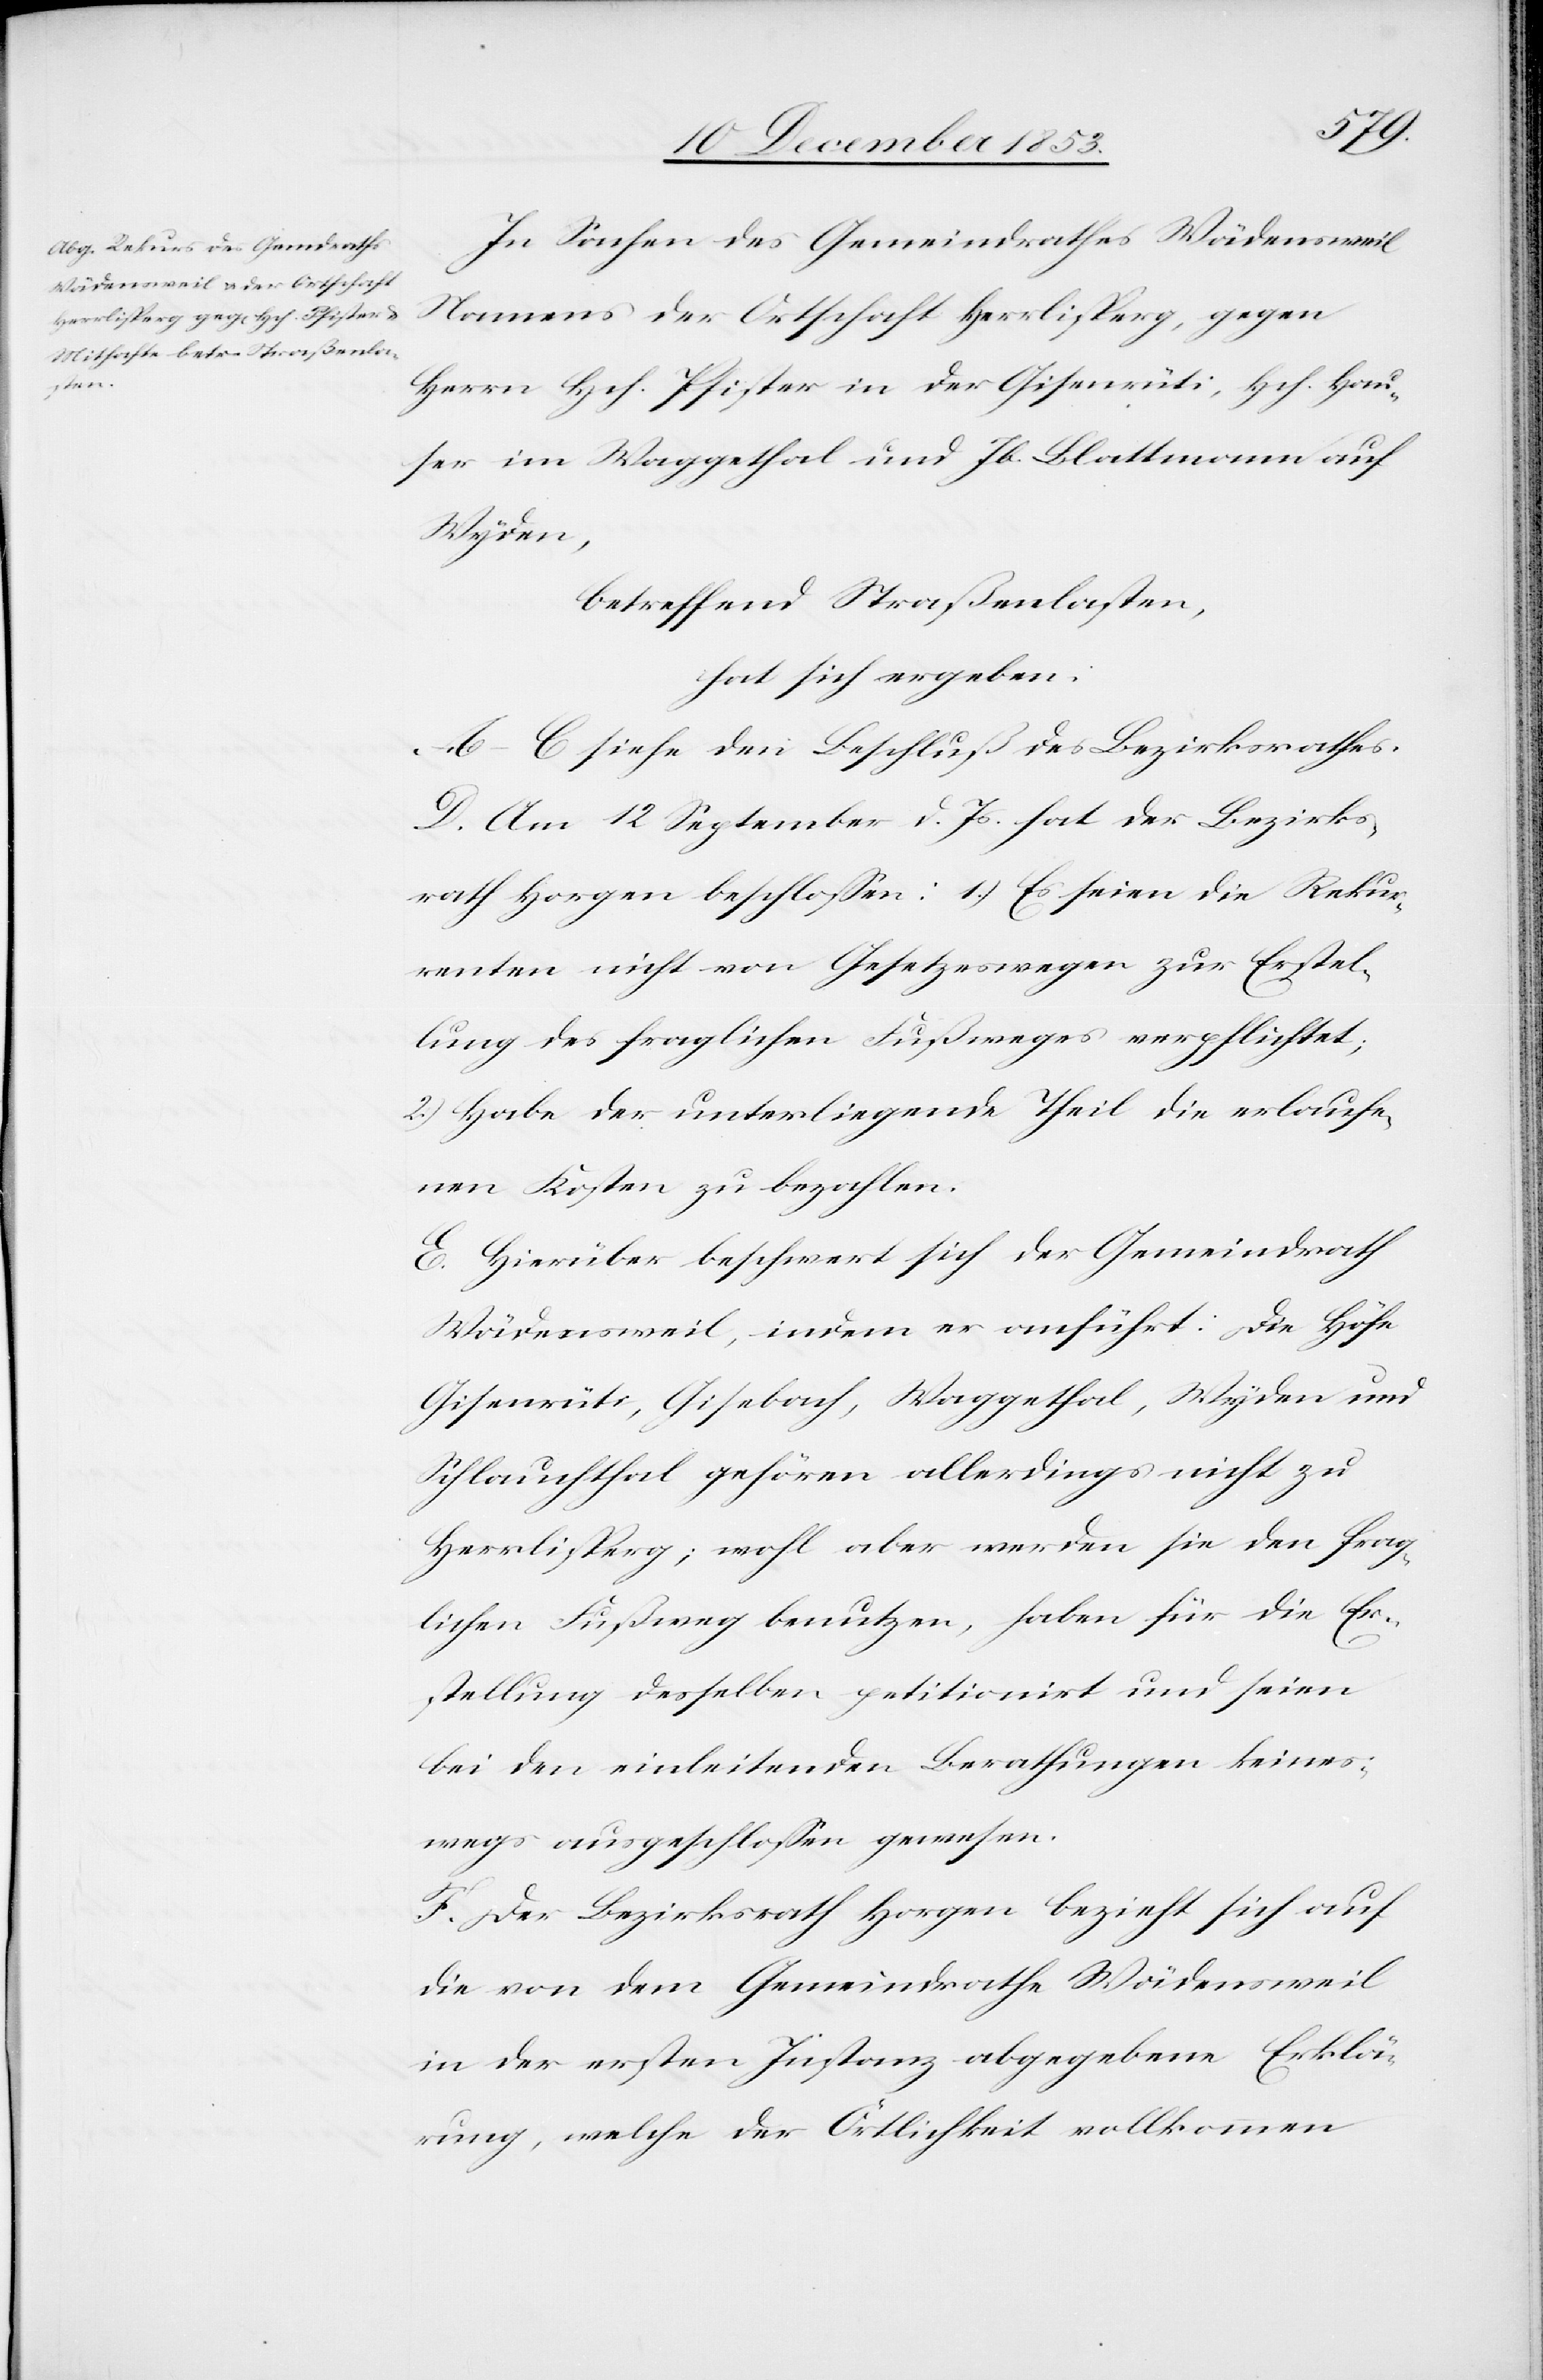
In Sachen des Gemeindrathes Wädensweil
Namens der Ortschaft Herrlisperg, gegen
Herrn Hch. Pfister in der Gisenrüti, Hch. Hau¬
ser im Waggethal und Jb. Blattermann auf
Wyden,
betreffend Straßenlasten,
hat sich ergeben:
A–C siehe den Beschluß des Bezirksrathes.
D. Am 12 September d. Js. hat der Bezirks¬
rath Horgen beschloßen: 1.) Es seien die Rekur¬
renten nicht von Gesetzeswegen zur Erstel¬
lung des fraglichen Fußweges verpflichtet;
2) Habe der unterliegende Theil der erlaufe¬
nen Kosten zu bezahlen.
E. Hierüber beschwert sich der Gemeindrath
Wädensweil, indem er anführt: Die Höfe
Gisenrüti, Gisebach, Waggethal, Wyden und
Schlauchthal gehören allerdings nicht zu
Herrlisperg; wohl aber werden sie den frag¬
lichen Fußweg benutzen, haben für die Er¬
stellung desselben petitionirt und seien
bei den einleitenden Berathungen keines¬
wegs ausgeschloßen gewesen.
F. Der Bezirksrath Horgen bezieht sich auf
die von dem Gemeindrathe Wädensweil
in der ersten Instanz abgegebene Erklä¬
rung, welche der Örtlichkeit vollkommen